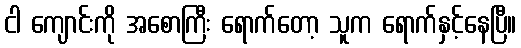
ငါ ကျောင်းကို အစောကြီး ရောက်တော့ သူက ရောက်နှင့်နေပြီ။